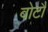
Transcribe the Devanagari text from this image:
बोटौ